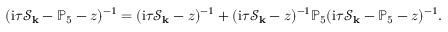
( \mathrm { i } \tau \mathcal { S } _ { \mathbf { k } } - \mathbb { P } _ { 5 } - z ) ^ { - 1 } = ( \mathrm { i } \tau \mathcal { S } _ { \mathbf { k } } - z ) ^ { - 1 } + ( \mathrm { i } \tau \mathcal { S } _ { \mathbf { k } } - z ) ^ { - 1 } \mathbb { P } _ { 5 } ( \mathrm { i } \tau \mathcal { S } _ { \mathbf { k } } - \mathbb { P } _ { 5 } - z ) ^ { - 1 } .